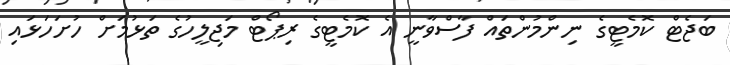
ބަޖެޓް ކޮމެޓީގެ ނިންމުންތައް ފާސްވާނީ އެ ކޮމެޓީގެ ރިޕޯޓް މަޖިލީހުގެ ތަޅުމަށް ހުށަހަޅައި